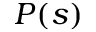
P ( s )